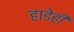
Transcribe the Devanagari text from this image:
हाडेही